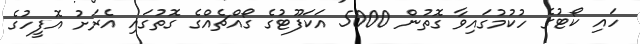
ހައި ކޯޓުގެ ހުކުމުގައިވާ ގޮތުން 5000 އަކަފޫޓުގެ ގޯއްޗެއްގެ ގޮތުގައި އެރަށު އޮފީހުގެ